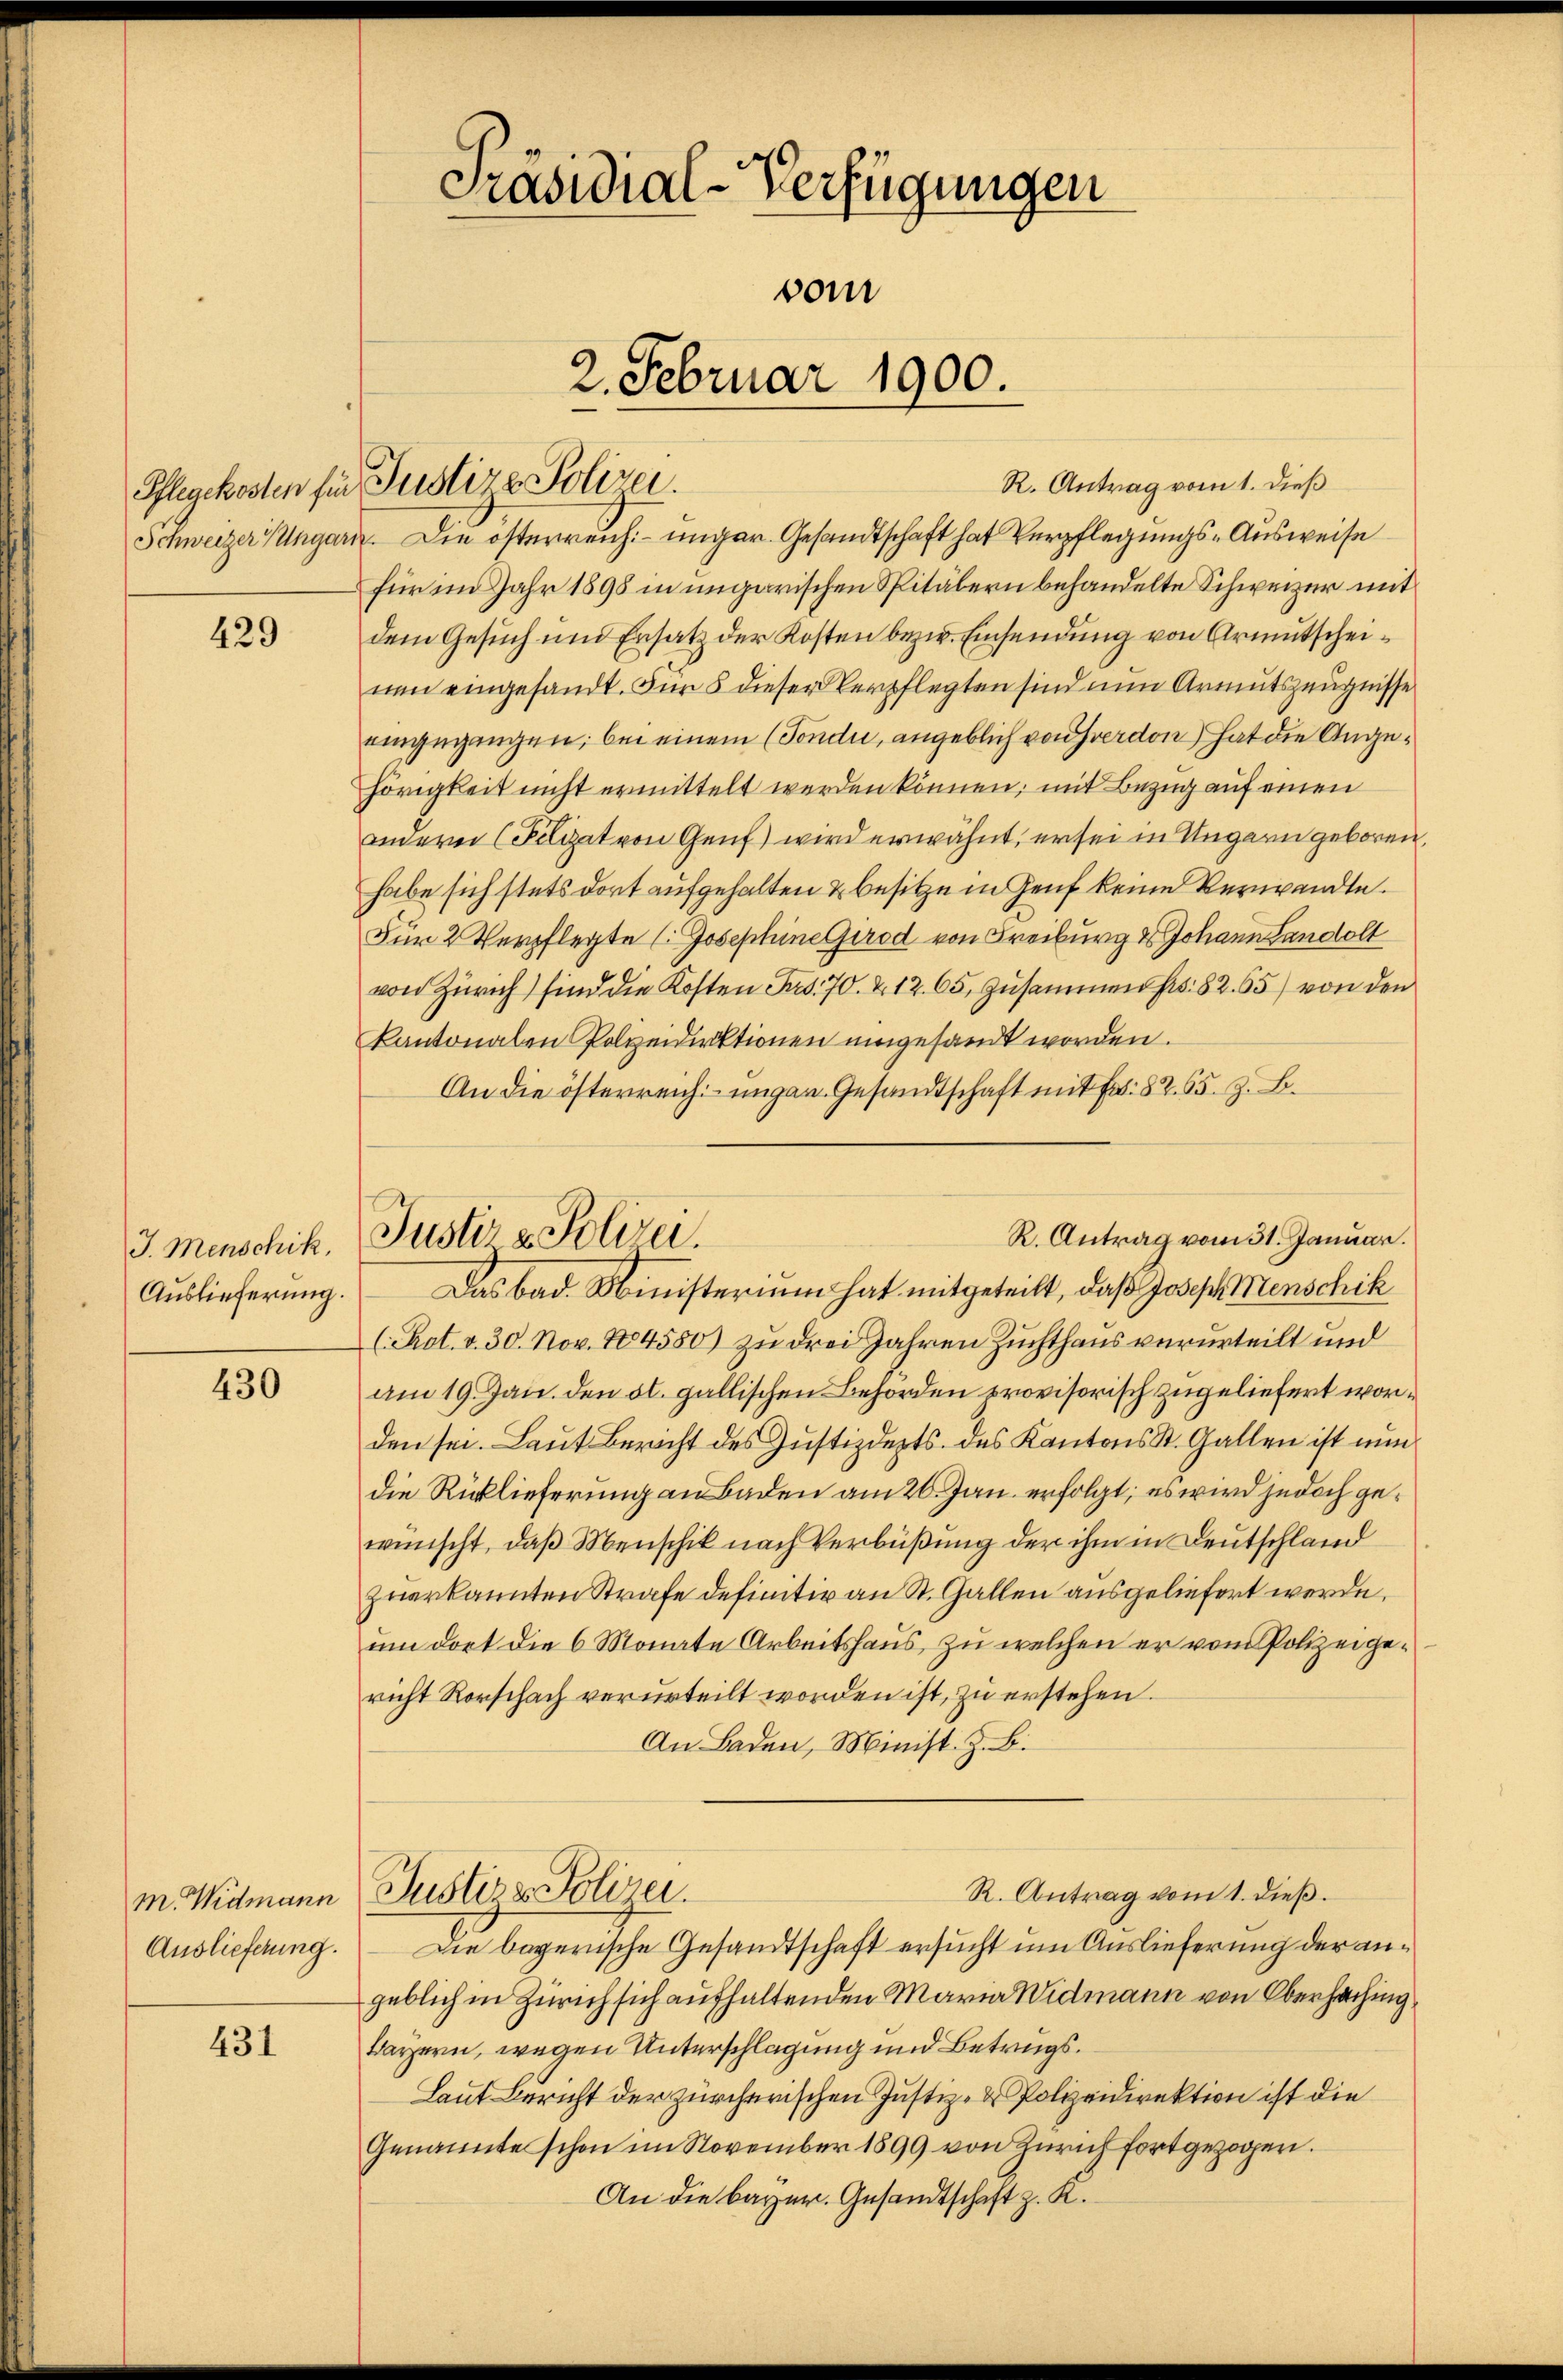
429

J. Menschik.
Auslieferung.

430

m. Widmann
Auslieferung.

431

Präsidial-Verfügungen
vom
2. Februar 1900.

Pflegekosten für Justiz & Polizei.

R. Antrag vom 1. dieß
Schweizer Ungarn. Die österreich unger. Gesandtschaft hat Verpflegungs-Ausweise
für im Jahr 1898 in ungarischen Spitälern behandelte Schweizer mit
dem Gesuch und Ersatz der Kosten bezw. Einsendung von Armutscheinen eingesandt. Für 8 dieser Verpflegten sind nun Armutszeugnisse
eingegangen; bei einem (Tondi, angeblich von verdon) hat die Angehörigkeit nicht ermittelt werden können, mit Bezug auf einen
andern (Pilizat von Genf) wird erwähnt, er sei in Ungarn geboren,
habe sich stets dort aufgehalten & besitze in Genf keine Verwandte.
Für 2 Verpflegte (Josephine Girod von Freiburg u Johann Landolt
von Zürich) sind die Kosten Fr. 70. & 12. 65, Zusammen fr. 82.65) von den
kantonalen Polzeidirektionen umgesandt worden.
An die österreich ungen Gesandtschaft mit Fr. 82. 65. z. B.
Das bad. Ministerium hat mitgeteilt, daß Joseph Menschik
(Rot. v. 30. Nov. 1884580) zu drei Jahren Zuchthaus verurteilt und
am 19. Jan. den od. gallischen Behörden provisorisch zugeliefert worden sei. Laut Bericht des Justizdepts. des Kantons St. Gallen ist nun
die Rücklieferung an Baden am 26. Jan. erfolgt; es wird jedoch gewünscht, daß Menschik nach Verbüßung der ihm in Deutschland
zuerkannten Strafe definitiv an St. Gallen ausgeliefert werde.
um dort die 6 Monate Arbeitshaus, zu welchen er vom Polizeigericht Rorschach verurteilt worden ist, zu erstehen.
An Baden, Minist. Z. B.
R. Antrag vom 1. dieß.
Justiz & Polizei.
Die bayerische Gesandtschaft ersucht um Auslieferung der angeblich in Zürich sich aufhaltenden Maria Widmann von Oberhaching
Bayern, wegen Unterschlagung und Betrugs¬
Laut Bericht der zürcherischen Justiz- & Polizeidirektion ist die
Genannte schon im November 1899 von Zürich fortgezogen.
An die bayer. Gesandtschaft z. K.

R. Antrag vom 31. Januar.
Justiz & Polizei.